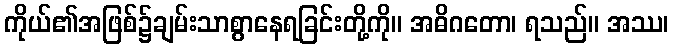
ကိုယ်၏အဖြစ်၌ချမ်းသာစွာနေရခြင်းတို့ကို။ အဓိဂတော၊ ရသည်။ အဿ၊